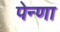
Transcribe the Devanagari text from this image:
पेन्णा